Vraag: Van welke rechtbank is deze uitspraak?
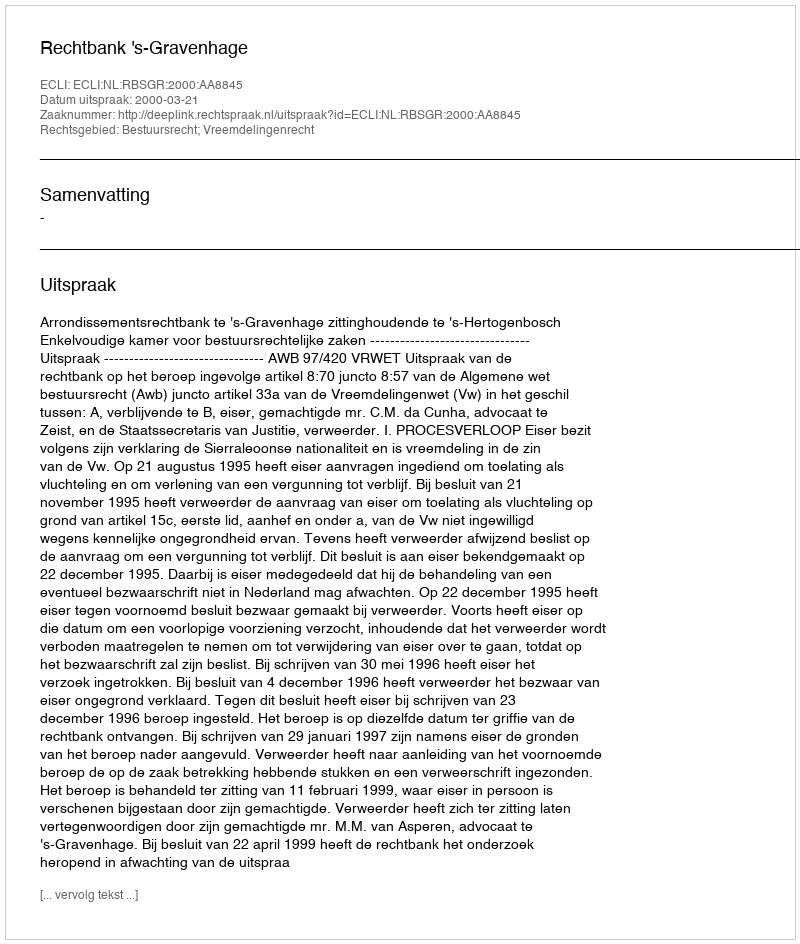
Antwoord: Rechtbank 's-Gravenhage